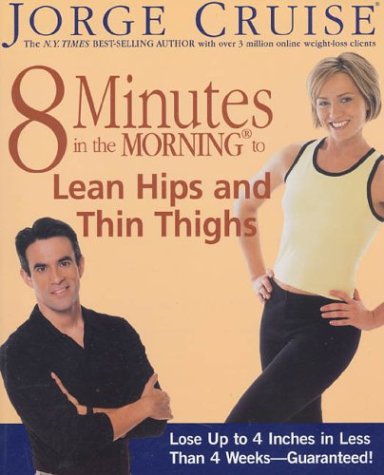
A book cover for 8 Minutes in the Morning to Lean Hips and Thin Thighs; Jorge Cruise; Health, Fitness & Dieting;